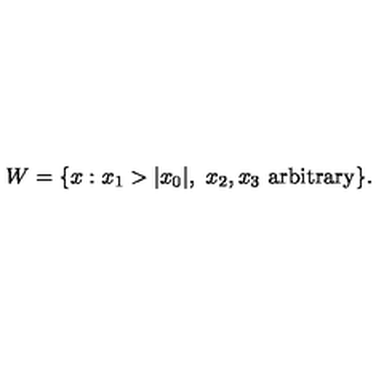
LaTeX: W = \{ x : x _ { 1 } > | x _ { 0 } | , \ x _ { 2 } , x _ { 3 } \ \mathrm { a r b i t r a r y } \} .